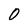
Character: 0